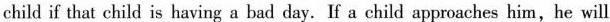
child if that child is having a bad day. If a child approaches him,he will